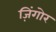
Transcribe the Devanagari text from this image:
ज़िंगोर